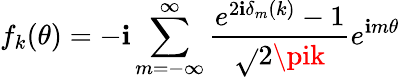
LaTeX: f_{k}(\theta)=-\mathbf{i}\sum_{m=-\infty}^{\infty}{\frac{{e^{2\mathbf{i}\delta_{m}(k)}-1}}{{\sqrt{}{{2\pik}}}}}e^{\mathbf{i}m\theta}\,